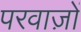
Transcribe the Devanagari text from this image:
परवाज़ों